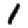
Digit: 1